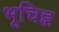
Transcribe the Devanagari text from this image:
भूचिह्न